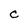
Character: C